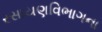
રસાયણવિભાગના